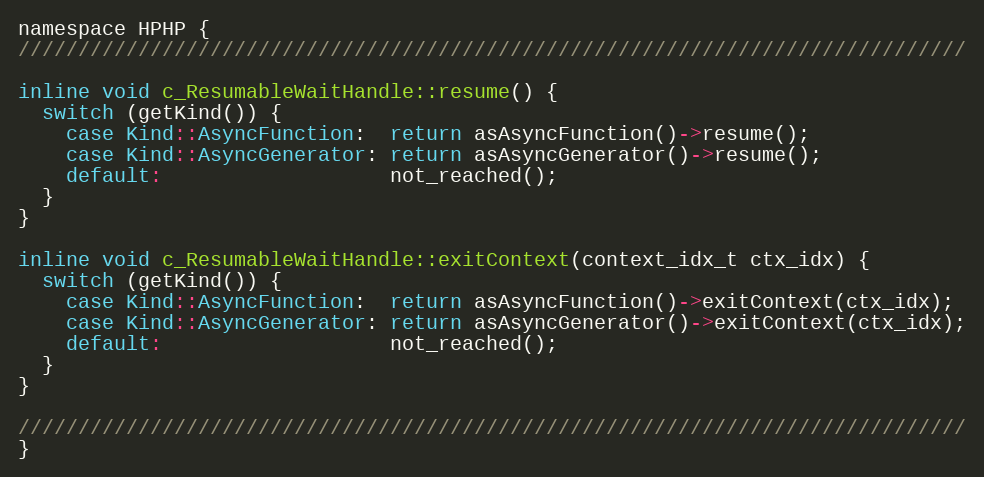
Language: C
namespace HPHP {
///////////////////////////////////////////////////////////////////////////////

inline void c_ResumableWaitHandle::resume() {
  switch (getKind()) {
    case Kind::AsyncFunction:  return asAsyncFunction()->resume();
    case Kind::AsyncGenerator: return asAsyncGenerator()->resume();
    default:                   not_reached();
  }
}

inline void c_ResumableWaitHandle::exitContext(context_idx_t ctx_idx) {
  switch (getKind()) {
    case Kind::AsyncFunction:  return asAsyncFunction()->exitContext(ctx_idx);
    case Kind::AsyncGenerator: return asAsyncGenerator()->exitContext(ctx_idx);
    default:                   not_reached();
  }
}

///////////////////////////////////////////////////////////////////////////////
}